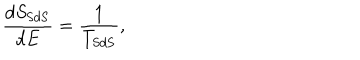
\frac { d S _ { \mathrm { S d S } } } { d E } = \frac { 1 } { T _ { \mathrm { S d S } } } ,